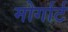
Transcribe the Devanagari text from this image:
मोर्गार्ट